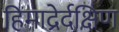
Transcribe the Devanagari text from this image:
हिमाद्रेर्दक्षिण